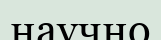
научно